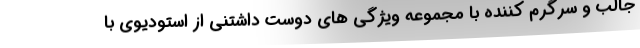
جالب و سرگرم کننده با مجموعه ویژگی های دوست داشتنی از استودیوی با